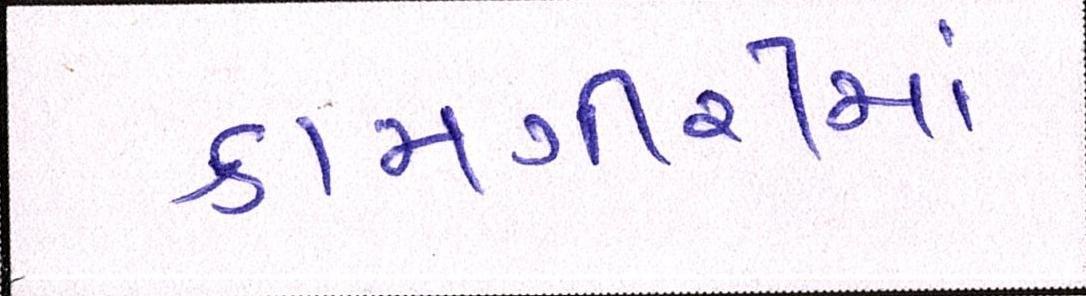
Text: કામગીરીમાં